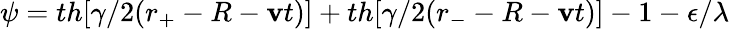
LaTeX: \psi=th[\gamma/2(r_{+}-R-\mathbf{v}t)]+th[\gamma/2(r_{-}-R-\mathbf{v}t)]-1-\epsilon/\lambda